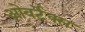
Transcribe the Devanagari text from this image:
ओवर्टेक्स